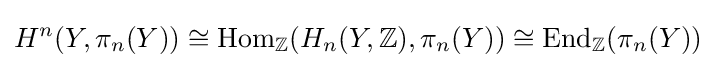
H^{n}(Y,\pi _{n}(Y))\cong \operatorname {Hom} _{\mathbb {Z} }(H_{n}(Y,\mathbb {Z} ),\pi _{n}(Y))\cong \operatorname {End} _{\mathbb {Z} }(\pi _{n}(Y))